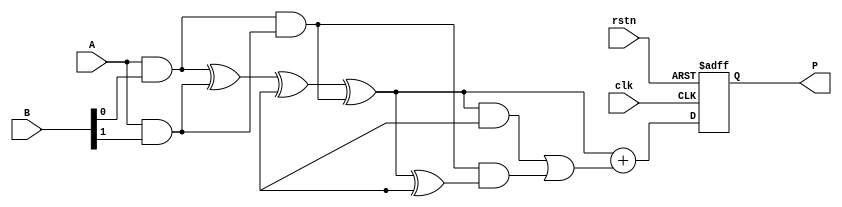
module wallace_tree_multiplier #(parameter WIDTH = 8)(
    input  wire [WIDTH-1:0] A,
    input  wire [WIDTH-1:0] B,
    input  wire clk,
    input  wire rstn,
    output reg  [2*WIDTH-1:0] P
);
    
    // Internal wires for partial products
    wire [WIDTH-1:0] pp [0:WIDTH-1]; // Partial products
    wire [2*WIDTH-1:0] sum [0:WIDTH-1]; // Sums at each reduction stage
    wire [2*WIDTH-1:0] carry [0:WIDTH-1]; // Carries at each reduction stage

    // Generate Partial Products
    genvar i;
    generate
        for (i = 0; i < WIDTH; i = i + 1) begin: pp_gen
            assign pp[i] = A & { { (WIDTH-i-1){1'b0} }, B[i] }; // Partial product generation
        end
    endgenerate

    // Reduction using Wallace Tree
    integer j, k;
    always @(posedge clk or negedge rstn) begin
        if (!rstn) begin
            P <= 0;
        end else begin
            // Level 1: Combine partial products using half adders and full adders
            for (j = 0; j < WIDTH; j = j + 1) begin: wallace_level1
                if (j % 2 == 0) begin
                    // Using a simple half adder for pairs
                    sum[j] = pp[j] ^ pp[j+1];
                    carry[j] = pp[j] & pp[j+1];
                end
            end
            
            // Level 2: Continue combining the outputs
            for (j = 0; j < WIDTH/2; j = j + 1) begin: wallace_level2
                if (j % 2 == 0) begin
                    // Using a full adder for sums from previous level
                    sum[j] = sum[j] ^ sum[j+1] ^ carry[j];
                    carry[j] = (sum[j] & sum[j+1]) | (carry[j] & (sum[j] ^ sum[j+1]));
                end
            end
            
            // Final addition of remaining sums and carries
            P <= sum[0] + carry[0]; // Final result
        end
    end

endmodule